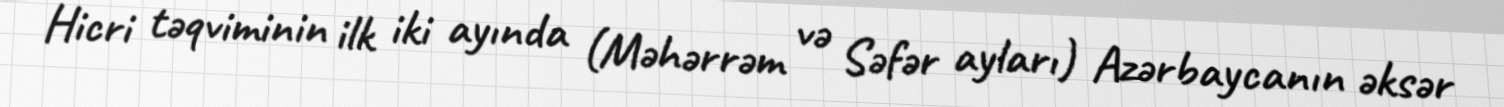
Hicri təqviminin ilk iki ayında (Məhərrəm və Səfər ayları) Azərbaycanın əksər